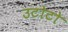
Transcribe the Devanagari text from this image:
उटोटो